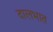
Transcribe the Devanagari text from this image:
दालभात